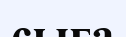
сыға